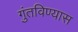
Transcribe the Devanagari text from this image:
गुंतविण्यास